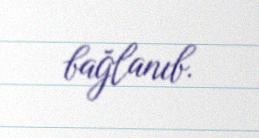
bağlanıb.